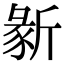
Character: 𣂵